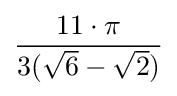
{\frac {11\cdot \pi }{3({\sqrt {6}}-{\sqrt {2}})}}